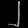
Digit: ၂